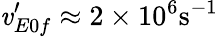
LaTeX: \mathit{v}_{E0f}^{\prime}\approx2\times10^{6}\mathrm{{s^{-1}}}